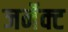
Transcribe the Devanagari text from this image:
जर्नेक्ट